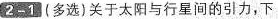
2-1(多选)关于太阳与行星间的引力，下